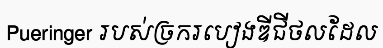
Pueringer របស់ច្រករបៀងឌីជីថលដែល